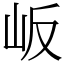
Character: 岅